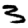
Digit: 3